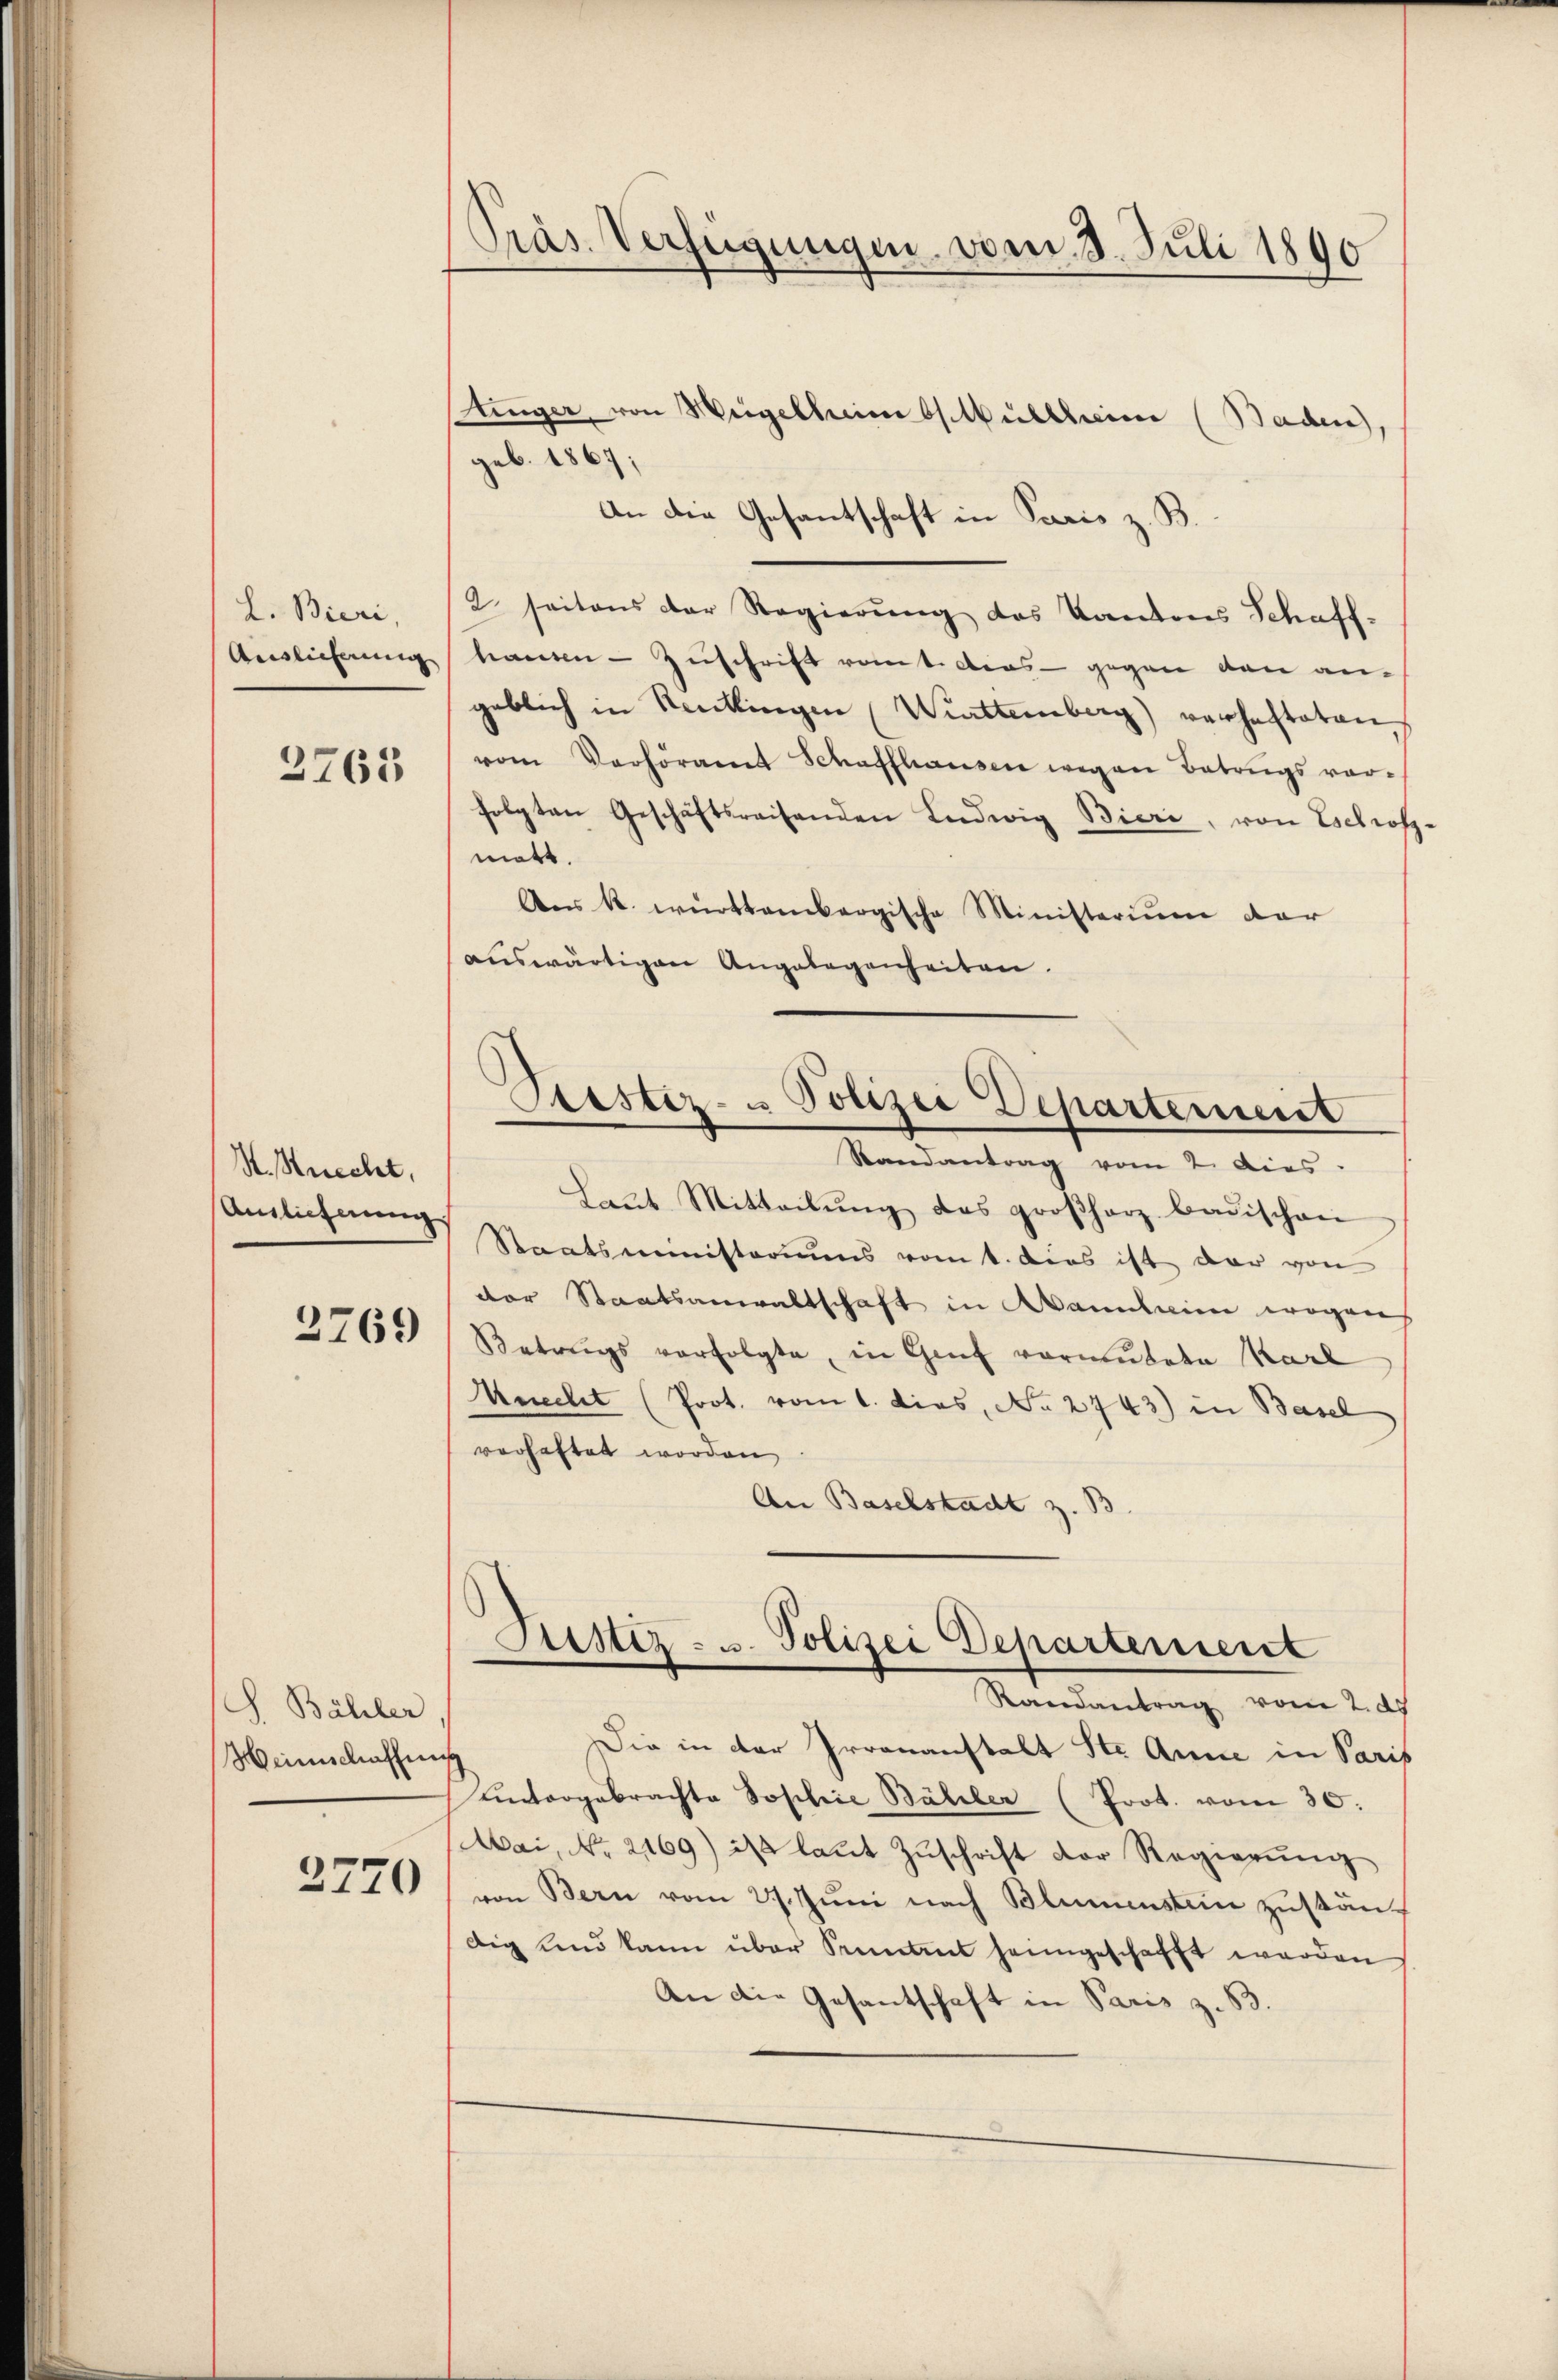
L. Bieri,
Auslieferung

2765

S. Strecht,
Anglicherung

3769

S. Bähler
Weinschaffens

2770

Präs. Verfügungen vom 3. Juli 1890

tinger, von Weigelheimbstkullheim (Baden),
geb. 1867;
An die Gesantschaft in Paris z. B.
2. seitens der Regierŭng des Kantons Schaff-
hausen – Zuschrift vom tiders - gegen den angeblich in Reutlingen (Württemberg) verhafteten
vom Verhöramt Schaffhausen wegen Betrugs vor-
folgten Geschäftsreisenden Ludwig Bieri, von Eschrof
matt.
Aes k. württembergische Ministerium dar
auswärtigen Angelegenheiten.
Randantrag vom 2. Dies
Laut Mitteilung des großherz badischen
Staatsministeriums vom t. dies ist der von
der Staatsanwaltschaft in Wannlein wegens
Betrugs verfolgte, in Genf vormutete Karl
Knecht (Prot. vom 1. dies, No 2743) in Basel
verhaftet worden,
An Baselstadt z. B
—
Sistiz- u. Polizei Departement
Randantrag vom 2. ds
Die in der Irrenanstalt Str. Anne in Paris
Kuntergebrachte Sophie Bähler (Prot. vom 30.
Mai, No. 2169) ist laŭt Zŭschrift der Regierŭng
von Bern vom 27. Juni nach Blumenstein zuständig und kann über Pruntrut heimgeschafft werden
An die Gesantschaft in Paris z. B.

Destiz- u Polizei Departement